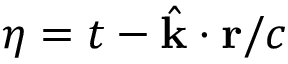
\eta = t - \hat { \mathbf { k } } \cdot \mathbf { r } / c